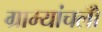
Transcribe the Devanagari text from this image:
ग्राम्यांचलोँ